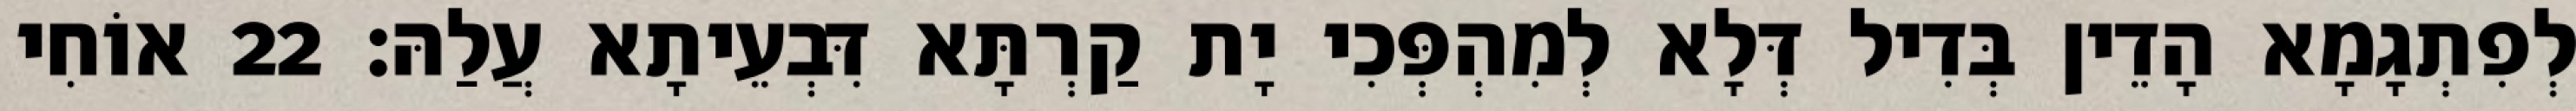
לְפִתְגָמָא הָדֵין בְּדִיל דְּלָא לְמִהְפְּכִי יָת קַרְתָּא דִּבְעֵיתָא עֲלַהּ׃ 22 אוֹחִי